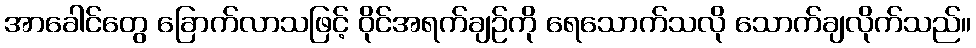
အာခေါင်တွေ ခြောက်လာသဖြင့် ဝိုင်အရက်ချဉ်ကို ရေသောက်သလို သောက်ချလိုက်သည်။